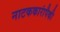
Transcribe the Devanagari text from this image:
नाटककारांपैकी